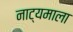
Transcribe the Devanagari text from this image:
नाट्यमाला